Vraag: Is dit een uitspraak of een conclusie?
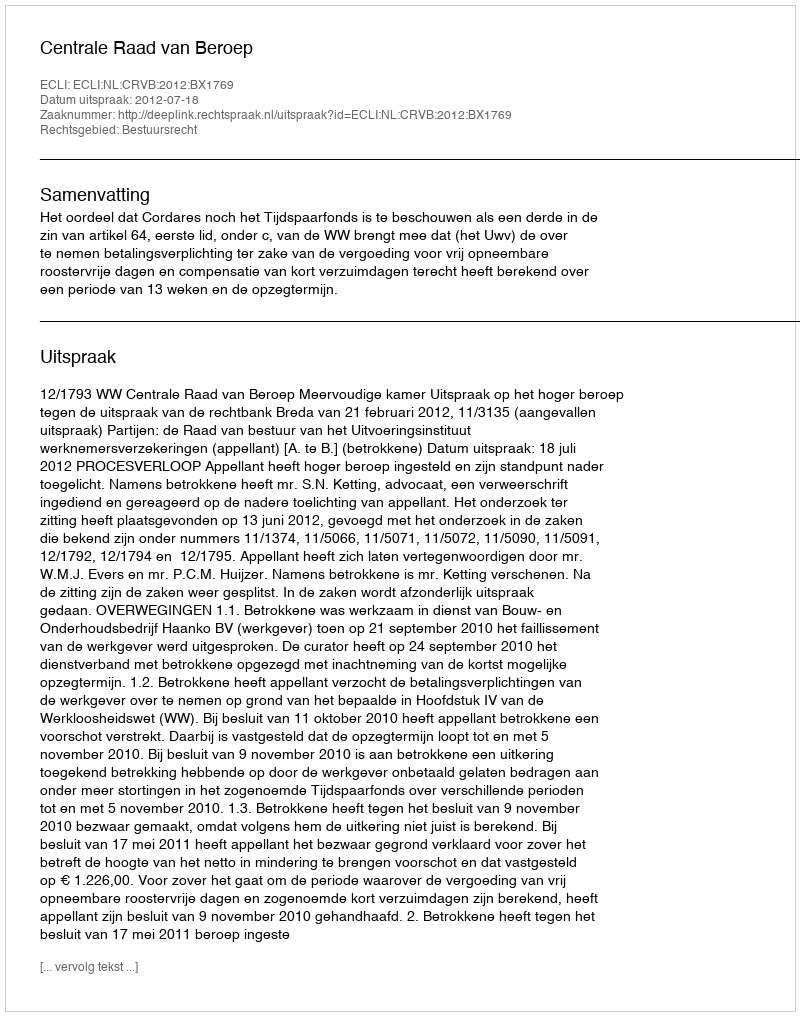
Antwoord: Uitspraak